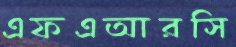
এফএআরসি